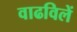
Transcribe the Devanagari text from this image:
वाढविलें